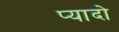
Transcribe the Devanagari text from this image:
प्‍यादो